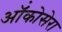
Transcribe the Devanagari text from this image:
ऑंकोसेरा